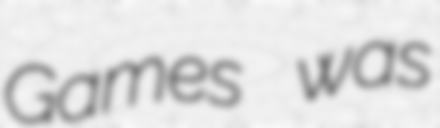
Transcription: Games was